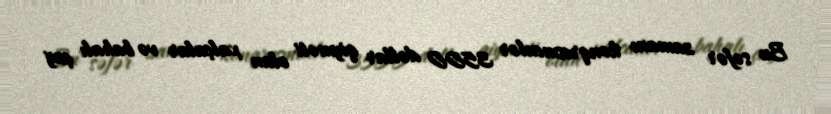
Bu səfər zamanı konqresmenlər 3500 dollar qiyməti olan xalçalar və bahalı çay